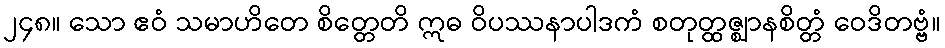
၂၄၈။ သော ဧဝံ သမာဟိတေ စိတ္တေတိ ဣဓ ဝိပဿနာပါဒကံ စတုတ္ထဇ္ဈာနစိတ္တံ ဝေဒိတဗ္ဗံ။